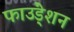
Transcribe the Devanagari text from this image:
फाउंडे्शन